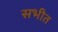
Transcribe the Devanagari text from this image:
सभीत